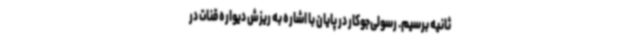
ثانیه برسیم. رسولی‌جوکار در پایان با اشاره به ریزش دیواره قنات در